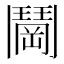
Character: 𬴰